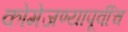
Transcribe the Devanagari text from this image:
कोमेजण्यापूर्वीच